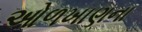
ઓળખાણના